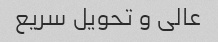
عالی و تحویل سریع